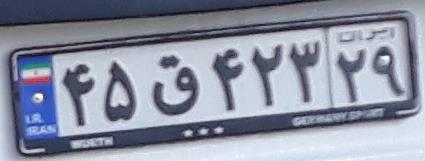
۴۵ق۴۲۳۲۹